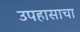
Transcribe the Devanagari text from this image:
उपहासाचा